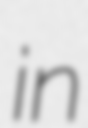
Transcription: in